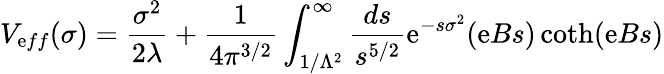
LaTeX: V_{\mathrm{e}ff}(\sigma)={\frac{{\sigma^{2}}}{{2\lambda}}}+{\frac{{1}}{{4\pi^{3/2}}}}\int_{1/\Lambda^{2}}^{\infty}{\frac{{ds}}{{s^{5/2}}}}\mathrm{e}^{-s\sigma^{2}}(\mathrm{e}Bs)\coth(\mathrm{e}Bs)